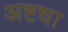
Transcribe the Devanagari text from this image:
अष्टधा